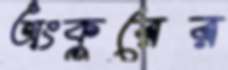
অংকুরের